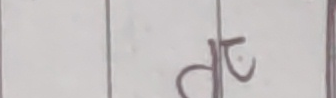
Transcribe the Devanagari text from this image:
टछ